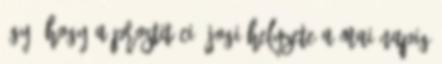
úgy, hogy a prostitúció jogi helyzete a mai napig